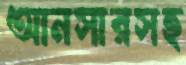
আনসারসহ